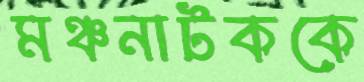
মঞ্চনাটককে